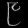
Digit: ၉